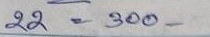
22 = 300-